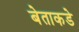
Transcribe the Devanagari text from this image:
बेताकडे